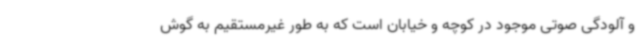
و آلودگی صوتی موجود در کوچه و خیابان است که به طور غیرمستقیم به گوش